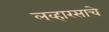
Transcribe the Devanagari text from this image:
लव्हारसाचे